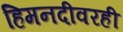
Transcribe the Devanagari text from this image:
हिमनदीवरही